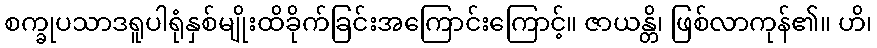
စက္ခုပသာဒရူပါရုံနှစ်မျိုးထိခိုက်ခြင်းအကြောင်းကြောင့်။ ဇာယန္တိ၊ ဖြစ်လာကုန်၏။ ဟိ၊